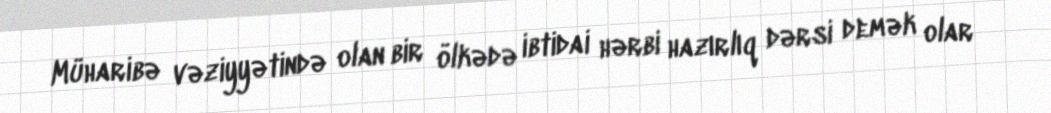
Müharibə vəziyyətində olan bir ölkədə ibtidai hərbi hazırlıq dərsi demək olar